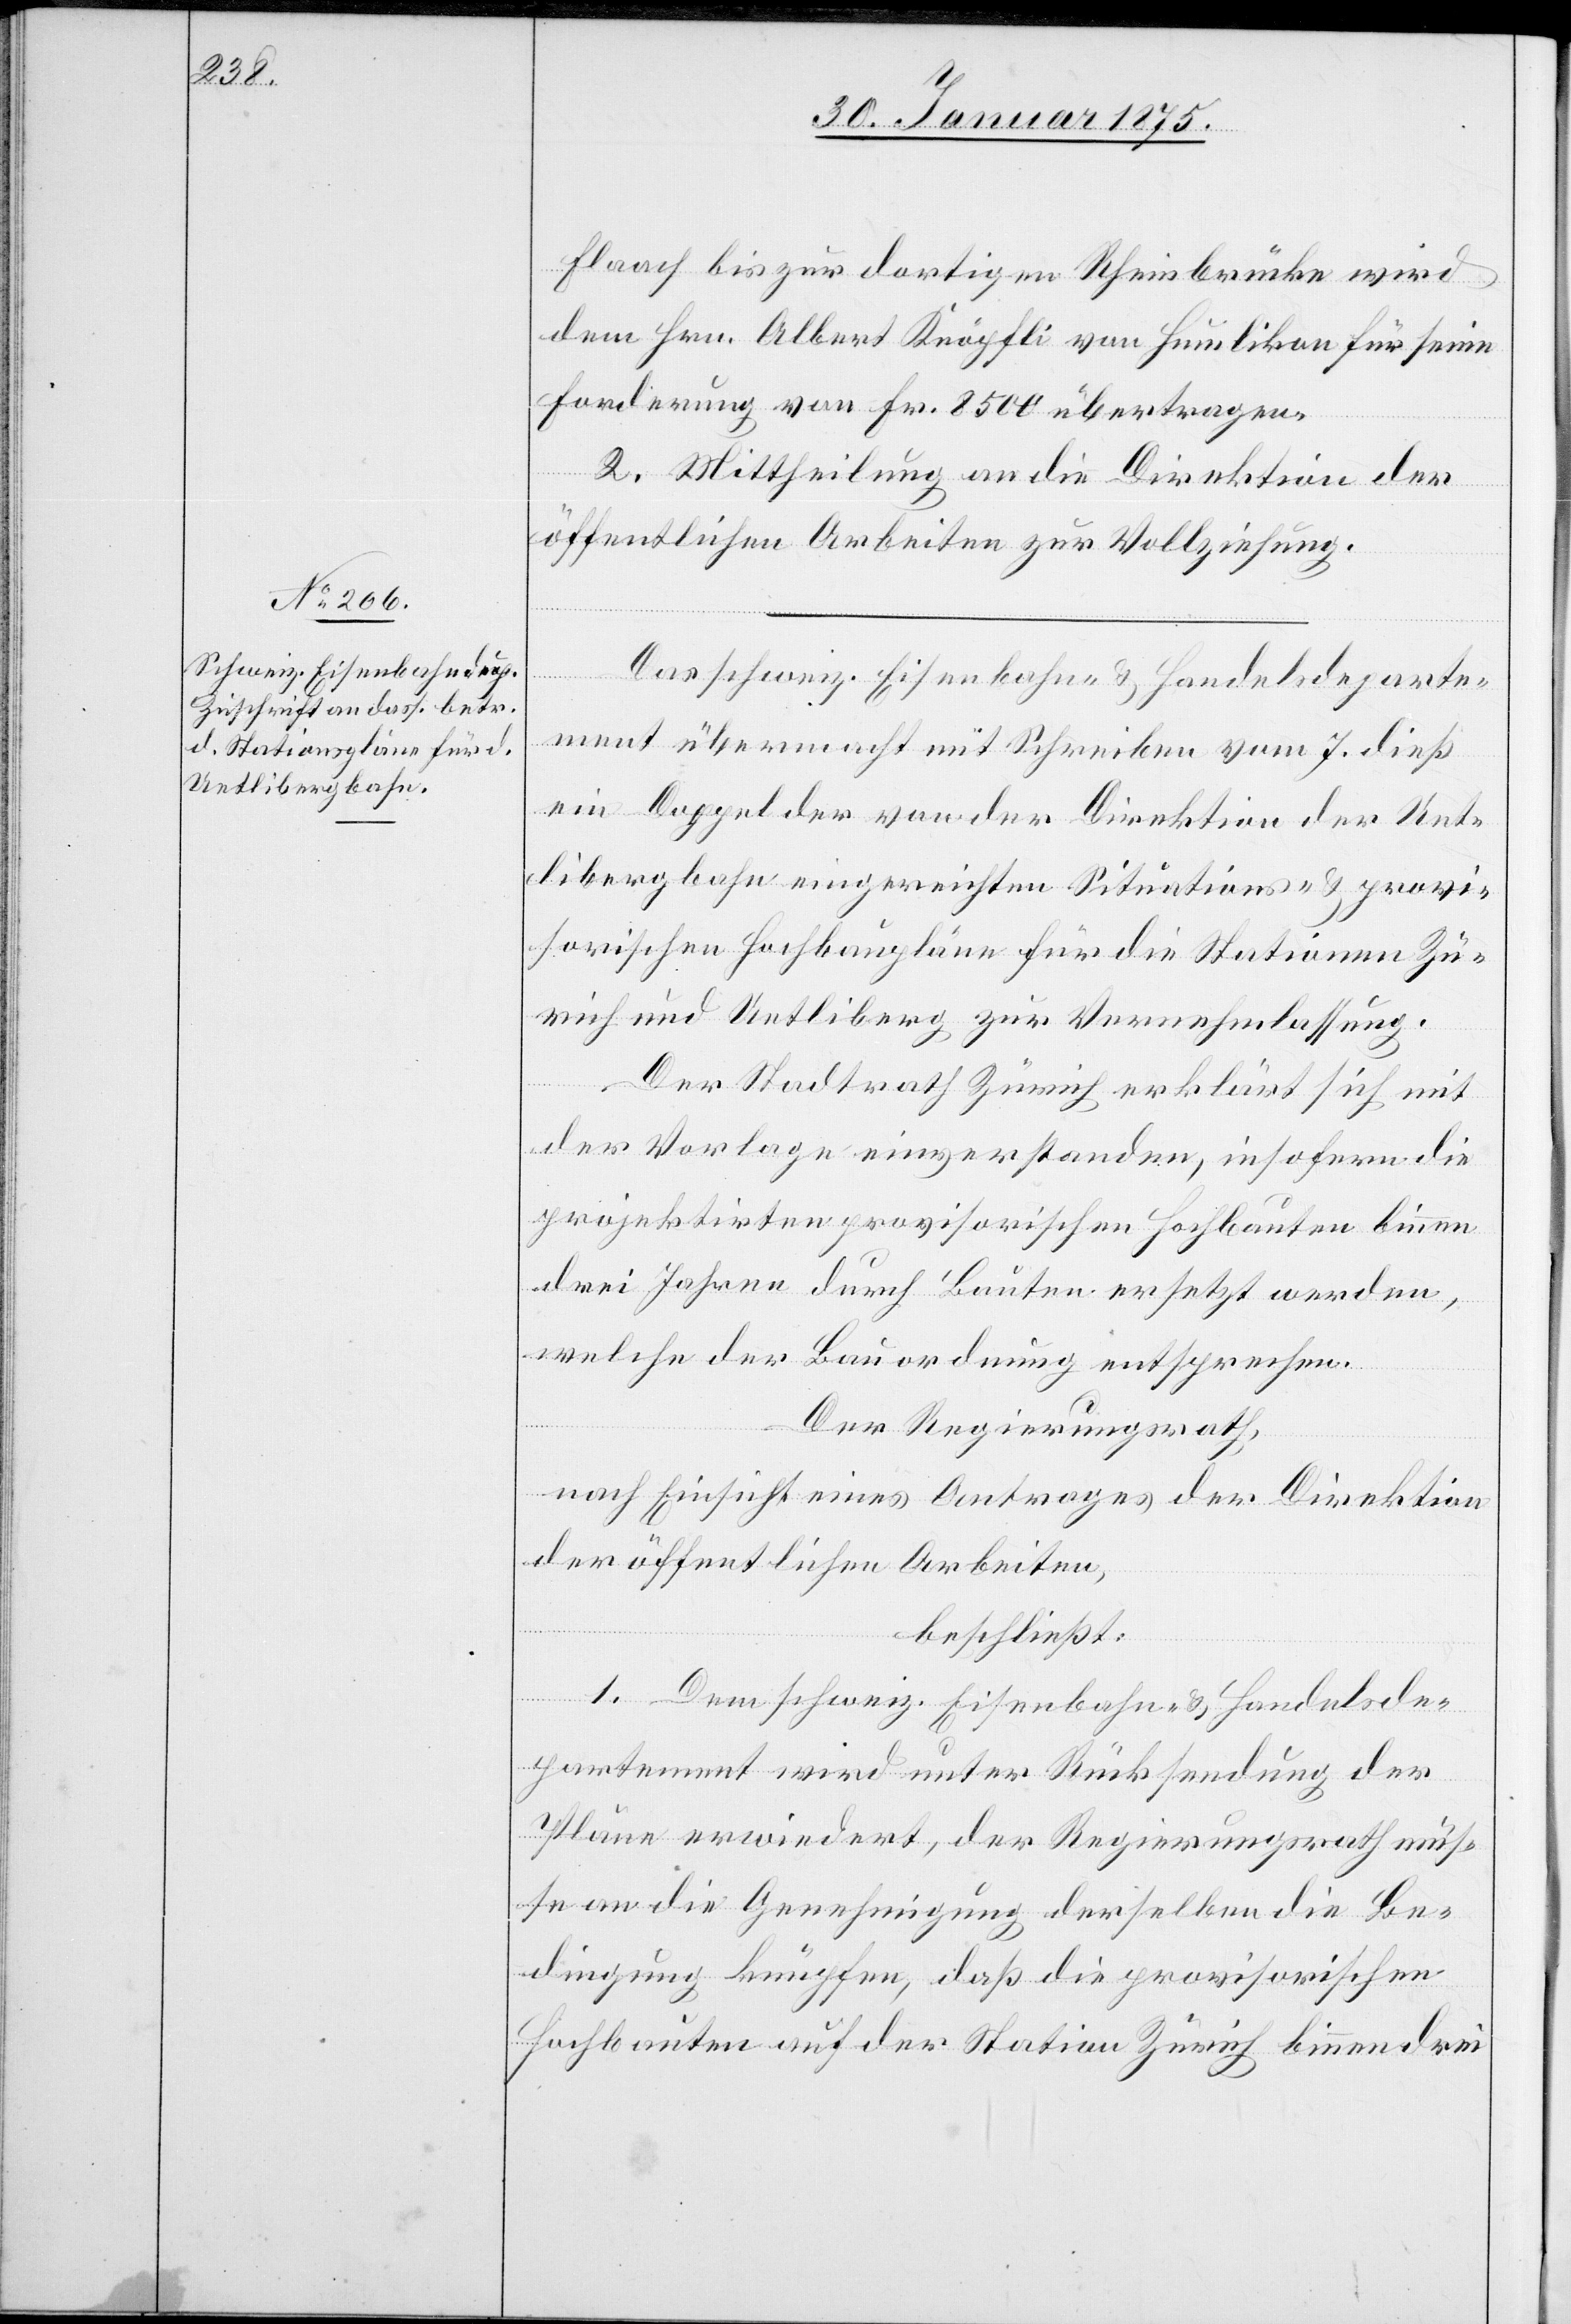
Flaach bis zur dortigen Rheinbrücke wird
dem Hrn. Albert Knöpfli von Humlikon für seine
Forderung von Fr. 8500 übertragen.
2. Mittheilung an die Direktion der
öffentlichen Arbeiten zur Vollziehung.
Das schweiz. Eisenbahn- & Handelsdeparte¬
ment übermacht mit Schreiben vom 7. dieß
ein Doppel der von der Direktion der Uet¬
libergbahn eingereichten Situations- & provi¬
sorischen Hochbaupläne für die Stationen Zü¬
rich und Uetliberg zur Vernehmlassung.
Der Stadtrath Zürich erklärt sich mit
der Vorlage einverstanden, insofern die
projektirten provisorischen Hochbauten binnen
drei Jahren durch Bauten ersetzt werden,
welche der Bauordnung entsprechen.
Der Regierungsrath,
nach Einsicht eines Antrages der Direktion
der öffentlichen Arbeiten,
beschließt:
1. Dem schweiz. Eisenbahn- & Handelsde¬
partement wird unter Rücksendung der
Pläne erwiedert, der Regierungsrath müs¬
se an die Genehmigung derselben die Be¬
dingung knüpfen, daß die provisorischen
Hochbauten auf der Station Zürich binnen drei